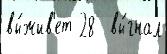
вы́жив'ет 28  вы́гнал